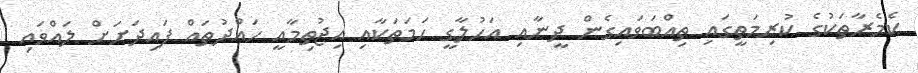
ކެމެރާތަކުގެ ކުރިމަތީގައި ތިއްބަވައިގެން ދީނާއި އަހުލާގީ ހަމަތަކާއި އިޖުތިމާއީ ހައްދުތައް ފައިދަށަށް ލައްވައި